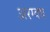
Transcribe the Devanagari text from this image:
अरग्वध